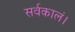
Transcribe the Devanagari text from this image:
सर्वकालं।